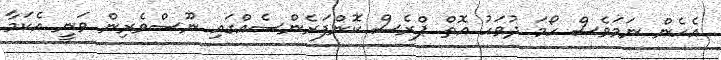
އެހެން ނަމަވެސް ހޯމަ ދުވަހު އޮތް ޕްރެސް ކޮންފަރެންސެއްގައި ނޫސްވެރިން ވަނީ އެކަމާ